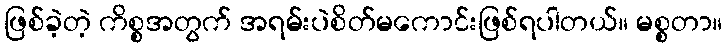
ဖြစ်ခဲ့တဲ့ ကိစ္စအတွက် အရမ်းပဲစိတ်မကောင်းဖြစ်ရပါတယ်။ မစ္စတာ။